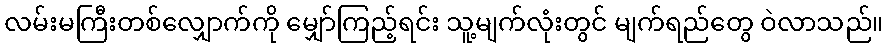
လမ်းမကြီးတစ်လျှောက်ကို မျှော်ကြည့်ရင်း သူ့မျက်လုံးတွင် မျက်ရည်တွေ ဝဲလာသည်။